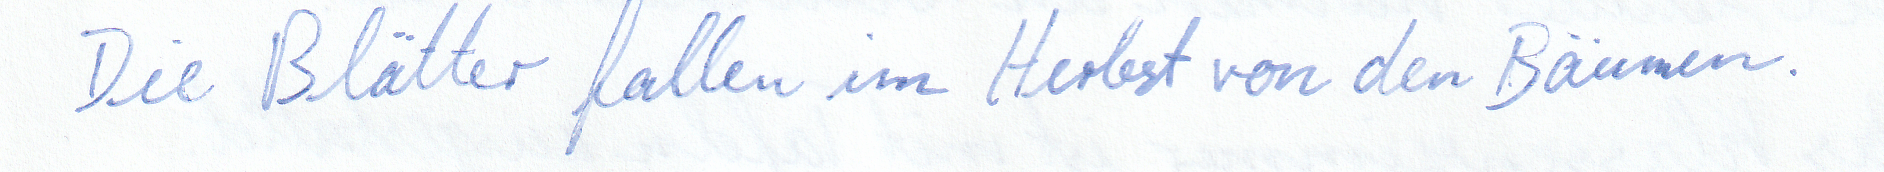
Die Blätter fallen im Herbst von den Bäumen.